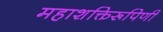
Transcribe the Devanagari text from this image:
महाशक्तिरूपिणी